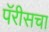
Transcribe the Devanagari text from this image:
पॅरीसचा